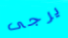
يرجى